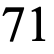
71